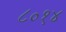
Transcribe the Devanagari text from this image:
८०१४